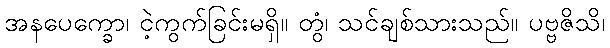
အနပေက္ခော၊ ငဲ့ကွက်ခြင်းမရှိ။ တွံ၊ သင်ချစ်သားသည်။ ပဗ္ဗဇိသိ၊